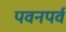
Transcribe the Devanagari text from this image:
पवनपर्व